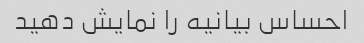
احساس بیانیه را نمایش دهید